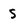
Character: 5